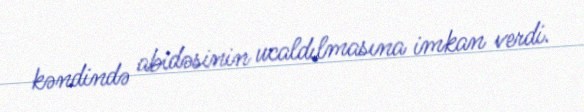
kəndində abidəsinin ucaldılmasına imkan verdi.